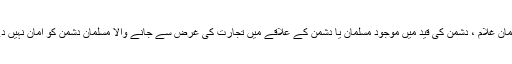
البتہ مسلمان غلام ، دشمن کی قید میں موجود مسلمان یا دشمن کے علاقے میں تجارت کی غرض سے جانے والا مسلمان دشمن کو امان نہیں دے سکتا۔